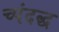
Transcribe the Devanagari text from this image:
च्पंदद्ध